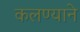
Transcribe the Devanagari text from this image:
कलण्याने